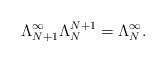
LaTeX: \begin{align*}\Lambda^{\infty}_{N+1}\Lambda^{N+1}_{N}=\Lambda_N^{\infty}.\end{align*}